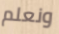
ونعلم